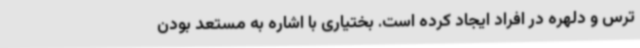
ترس و دلهره در افراد ایجاد کرده است. بختیاری با اشاره به مستعد بودن